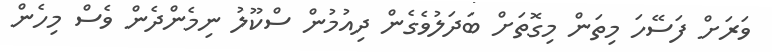
ވަރަށް ފަސޭހަ މިތަން މިގޮތަށް ބަދަލުވެގެން ދިއުމުން ސްކޫލު ނިމެންދެން ވެސް މިހެން